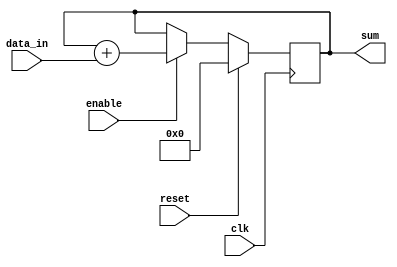
module accumulator (
    input wire clk,
    input wire reset,
    input wire enable,
    input wire [7:0] data_in,
    output reg [15:0] sum
);

reg [15:0] accum;

always @(posedge clk) begin
    if (reset) begin
        accum <= 16'b0;
    end else if (enable) begin
        accum <= accum + data_in;
    end
end

assign sum = accum;

endmodule